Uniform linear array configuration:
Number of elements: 4
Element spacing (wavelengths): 0.25
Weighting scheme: exponential
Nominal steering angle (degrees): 0
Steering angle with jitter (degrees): -0.7578
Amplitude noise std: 0.05
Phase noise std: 0.05

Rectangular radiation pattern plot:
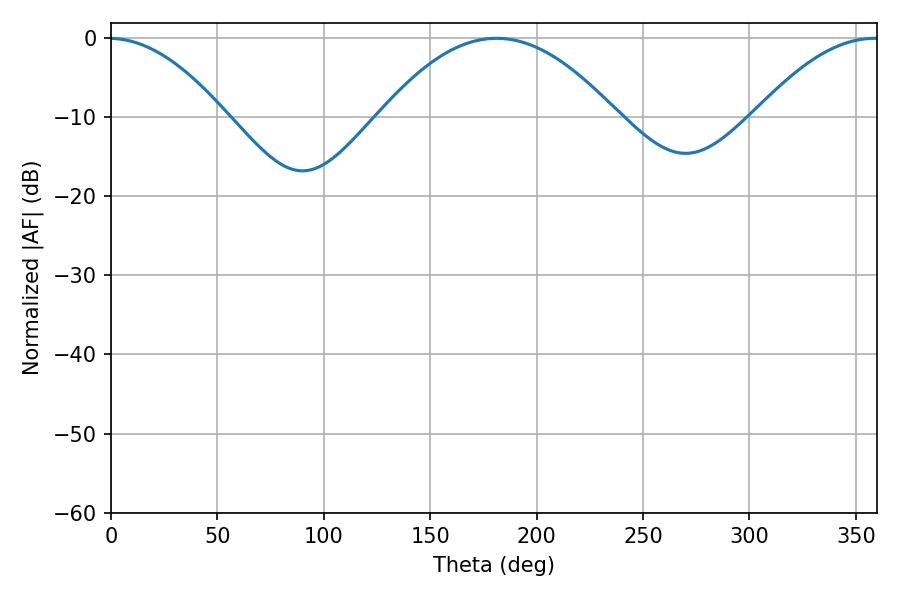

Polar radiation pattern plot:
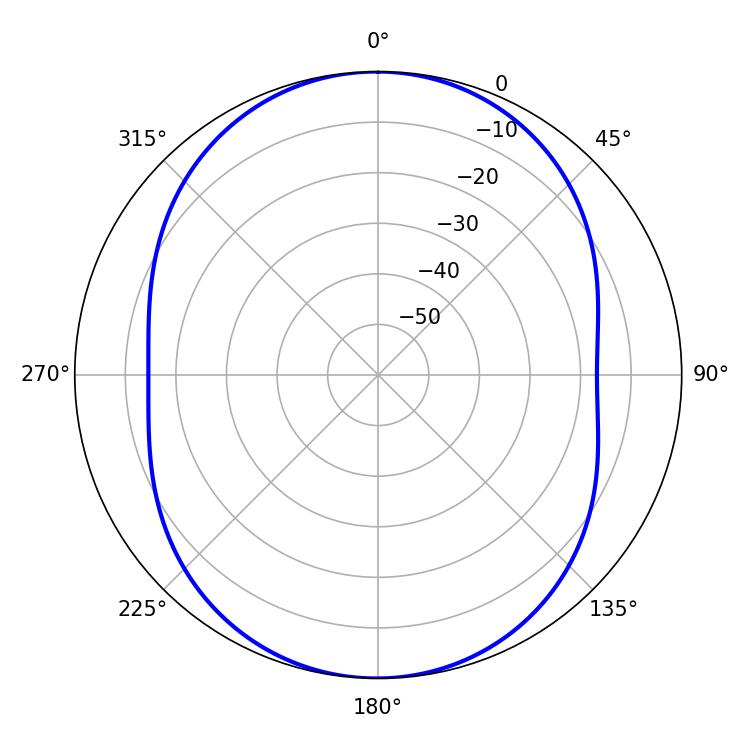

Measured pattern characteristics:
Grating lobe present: FALSE
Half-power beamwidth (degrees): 61.02
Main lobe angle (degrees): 181.08